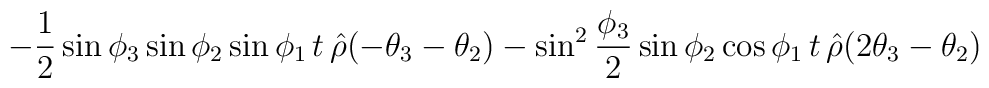
\!\!\!\!\!\!\!\!\!\! -{1\over 2}\sin{\phi_3}\sin{\phi_2}  \sin{\phi_1}\, t\,\hat{\rho}(-\theta_3-\theta_2) -  \sin^2{\phi_3\over 2}\sin{\phi_2}\cos{\phi_1}\, t\,\hat{\rho}  (2\theta_3 -\theta_2)